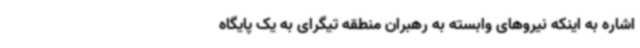
اشاره به اینکه نیروهای وابسته به رهبران منطقه تیگرای به یک پایگاه